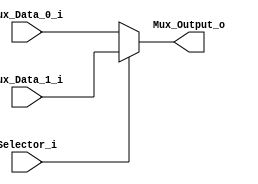
/******************************************************************
* Description
*	This is a 2 to 1 multiplexer that can be parameterized in its bit-width.
*	1.0
* Author:
*	Dr. Jos Luis Pizano Escalante
* email:
*	luispizano@iteso.mx
* Date:
*	16/08/2021
******************************************************************/

module Multiplexer_2_to_1
#(
	parameter NBits = 32
)
(
	input Selector_i,
	input [NBits-1:0] Mux_Data_0_i,
	input [NBits-1:0] Mux_Data_1_i,
	
	output reg [NBits-1:0] Mux_Output_o

);

	always@(Selector_i ,Mux_Data_1_i ,Mux_Data_0_i) begin
		if(Selector_i)
			Mux_Output_o = Mux_Data_1_i;
		else
			Mux_Output_o = Mux_Data_0_i;
	end

endmodule